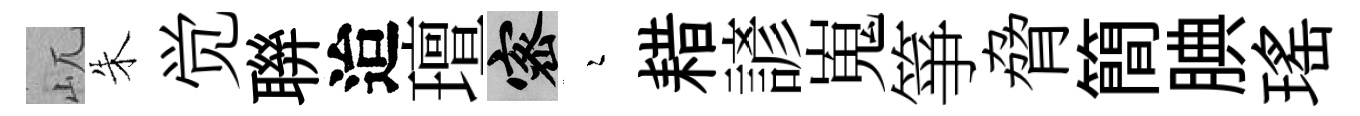
屼朱觉聨迨璮密瑟耤諺嵬箏脅簡腆瑤